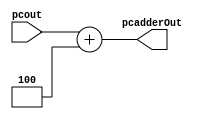
`timescale 1ns / 1ps

module pcadder(
    input [31:0] pcout,
    output reg [31:0] pcadderOut
    );
    
    always @(*)
    begin
        pcadderOut = pcout + 32'h00000004;
    end
endmodule